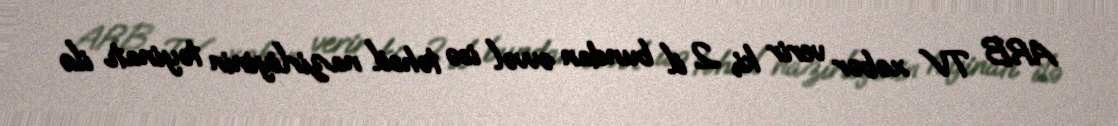
ARB TV xəbər verir ki, 2 il bundan əvvəl isə təhsil nazirliyinin təyinatı ilə